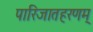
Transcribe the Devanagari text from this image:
पारिजातहरणम्